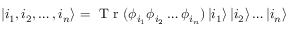
\left| { i _ { 1 } , i _ { 2 } , \ldots , i _ { n } } \right\rangle = { \textnormal { T r } } ( \phi _ { i _ { 1 } } \phi _ { i _ { 2 } } \ldots \phi _ { i _ { n } } ) \left| { i _ { 1 } } \right\rangle \left| { i _ { 2 } } \right\rangle \ldots \left| { i _ { n } } \right\rangle